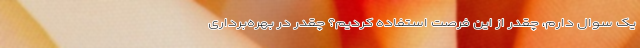
یک سوال دارم، چقدر از این فرصت استفاده کردیم؟ چقدر در بهره‌برداری